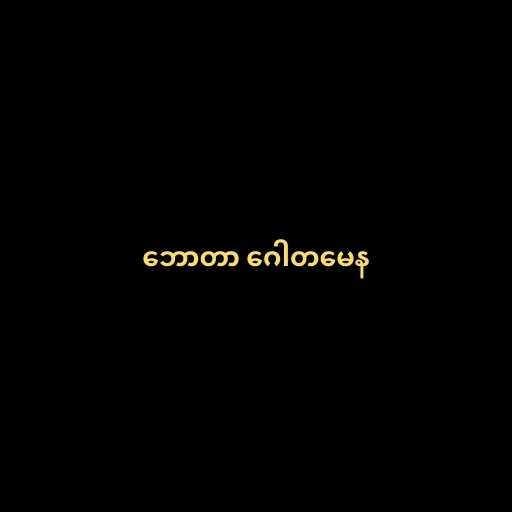
ဘောတာ ဂေါတမေန